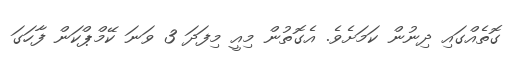
ގޮތެއްގައި ދިނުން ކަމަށެވެ. އެގޮތުން މިއީ މިފަދަ 3 ވަނަ ކޭމްޕްކަން ފާހަގަ